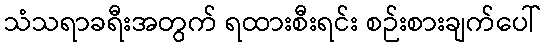
သံသရာခရီးအတွက် ရထားစီးရင်း စဉ်းစားချက်ပေါ်